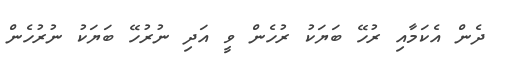
ދެން އެކަމާއި ރުހޭ ބަޔަކު ރުހެން ވީ އަދި ނުރުހޭ ބަޔަކު ނުރުހެން